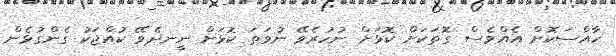
ހާއްސަކޮށް އެއްވެސް ގޮތަކަށް ކޮޅަށް ނުހުރެވޭ ނުވަތަ ކޮޅަށް ނީނދެވޭ ކުއްޖަކު ގެންގުޅެން